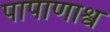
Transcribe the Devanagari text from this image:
पापाणाश्व